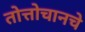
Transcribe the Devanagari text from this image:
तोत्तोचानचे